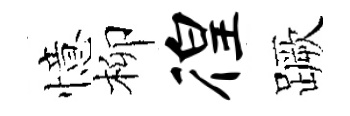
憶柳徨蹶